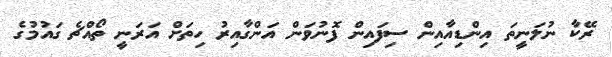
ރޭކާ ނުލަނީތަ އިންޑިއާއިން ސިފައިން ފޮނުވަން އަންގާއިރު ހިތަށް އަރަނީ ތޯއްޗެ ގައުމުގެ